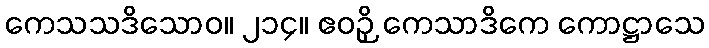
ကေသသဒိသောဝ။ ၂၁၄။ ဧဝဉှိ ကေသာဒိကေ ကောဋ္ဌာသေ